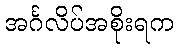
အင်္ဂလိပ်အစိုးရက